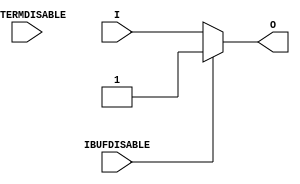
///////////////////////////////////////////////////////////////////////////////
// Copyright (c) 1995/2011 Xilinx, Inc.
// All Right Reserved.
///////////////////////////////////////////////////////////////////////////////
//   ____  ____
//  /   /\/   /
// /___/  \  /    Vendor : Xilinx
// \   \   \/     Version : 13.1
//  \   \         Description : Xilinx Timing Simulation Library Component
//  /   /                  Input Buffer
// /___/   /\     Filename : IBUF_INTERMDISABLE.v
// \   \  /  \    Timestamp : Wed Apr 20 17:49:56 PDT 2011
//  \___\/\___\
//
// Revision:
//    04/20/11 - Initial version.
//    06/15/11 - CR 613347 -- made ouput logic_1 when IBUFDISABLE is active
//    08/31/11 - CR 623170 -- added attribute USE_IBUFDISABLE
//    09/20/11 - CR 624774, 625725 -- Removed attributes IBUF_DELAY_VALUE, IFD_DELAY_VALUE and CAPACITANCE
//    12/13/11 - Added `celldefine and `endcelldefine (CR 524859).
//    10/22/14 - Added #1 to $finish (CR 808642).
// End Revision

`timescale  1 ps / 1 ps


`celldefine

module IBUF_INTERMDISABLE (O, I, IBUFDISABLE, INTERMDISABLE);

    parameter IBUF_LOW_PWR = "TRUE";
    parameter IOSTANDARD = "DEFAULT";
    parameter SIM_DEVICE = "7SERIES";
    parameter USE_IBUFDISABLE = "TRUE";
`ifdef XIL_TIMING
    parameter LOC = "UNPLACED";
`endif // `ifdef XIL_TIMING
    
    output O;

    input  I;
    input  IBUFDISABLE;
    input  INTERMDISABLE;

// define constants
  localparam MODULE_NAME = "IBUF_INTERMDISABLE";

    wire out_val;
    initial begin
	

        case (IBUF_LOW_PWR)

            "FALSE", "TRUE" : ;
            default : begin
                          $display("Attribute Syntax Error : The attribute IBUF_LOW_PWR on IBUF_INTERMDISABLE instance %m is set to %s.  Legal values for this attribute are TRUE or FALSE.", IBUF_LOW_PWR);
                          #1 $finish;
                      end

        endcase

        if ((SIM_DEVICE != "7SERIES") &&
         (SIM_DEVICE != "ULTRASCALE") &&
         (SIM_DEVICE != "VERSAL_AI_CORE") &&
         (SIM_DEVICE != "VERSAL_AI_CORE_ES1") &&
         (SIM_DEVICE != "VERSAL_AI_EDGE") &&
         (SIM_DEVICE != "VERSAL_AI_EDGE_ES1") &&
         (SIM_DEVICE != "VERSAL_AI_EDGE_ES2") &&
         (SIM_DEVICE != "VERSAL_AI_RF") &&
         (SIM_DEVICE != "VERSAL_AI_RF_ES1") &&
         (SIM_DEVICE != "VERSAL_AI_RF_ES2") &&
         (SIM_DEVICE != "VERSAL_HBM") &&
         (SIM_DEVICE != "VERSAL_HBM_ES1") &&
         (SIM_DEVICE != "VERSAL_HBM_ES2") &&
         (SIM_DEVICE != "VERSAL_PREMIUM") &&
         (SIM_DEVICE != "VERSAL_PREMIUM_ES1") &&
         (SIM_DEVICE != "VERSAL_PREMIUM_ES2") &&
         (SIM_DEVICE != "VERSAL_PRIME") &&
         (SIM_DEVICE != "VERSAL_PRIME_ES1")) begin
      $display("Error: [Unisim %s-103] SIM_DEVICE attribute is set to %s.  Legal values for this attribute are 7SERIES, ULTRASCALE, VERSAL_AI_CORE, VERSAL_AI_CORE_ES1, VERSAL_AI_EDGE, VERSAL_AI_EDGE_ES1, VERSAL_AI_EDGE_ES2, VERSAL_AI_RF, VERSAL_AI_RF_ES1, VERSAL_AI_RF_ES2, VERSAL_HBM, VERSAL_HBM_ES1, VERSAL_HBM_ES2, VERSAL_PREMIUM, VERSAL_PREMIUM_ES1, VERSAL_PREMIUM_ES2, VERSAL_PRIME or VERSAL_PRIME_ES1. Instance: %m", MODULE_NAME, SIM_DEVICE);
         #1 $finish;
    end
    end
   generate
       case (SIM_DEVICE)
         "7SERIES" : begin
                        assign out_val = 1'b1;
                     end
         default : begin
                        assign out_val = 1'b0;
                     end
        endcase
   endgenerate

    generate
       case (USE_IBUFDISABLE)
          "TRUE" :  begin
                        assign O = (IBUFDISABLE == 0)? I : (IBUFDISABLE == 1)? out_val  : 1'bx;
                    end
          "FALSE" : begin
                        assign O = I;
                    end
       endcase
    endgenerate

`ifdef XIL_TIMING
    specify

        (I => O) 		= (0:0:0,  0:0:0);
        (IBUFDISABLE => O)	= (0:0:0,  0:0:0);
        (INTERMDISABLE => O)	= (0:0:0,  0:0:0);

        specparam PATHPULSE$ = 0;

    endspecify
`endif // `ifdef XIL_TIMING

endmodule

`endcelldefine